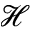
\mathcal { H }